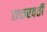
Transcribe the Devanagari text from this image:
छक्तरवर्ती